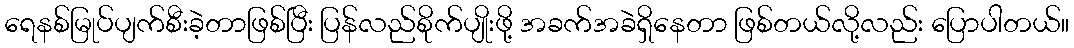
ရေနစ်မြုပ်ပျက်စီးခဲ့တာဖြစ်ပြီး ပြန်လည်စိုက်ပျိုးဖို့ အခက်အခဲရှိနေတာ ဖြစ်တယ်လို့လည်း ပြောပါတယ်။